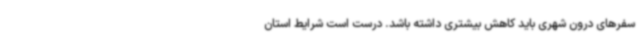
سفرهای درون شهری باید کاهش بیشتری داشته باشد. درست است شرایط استان